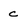
Character: c